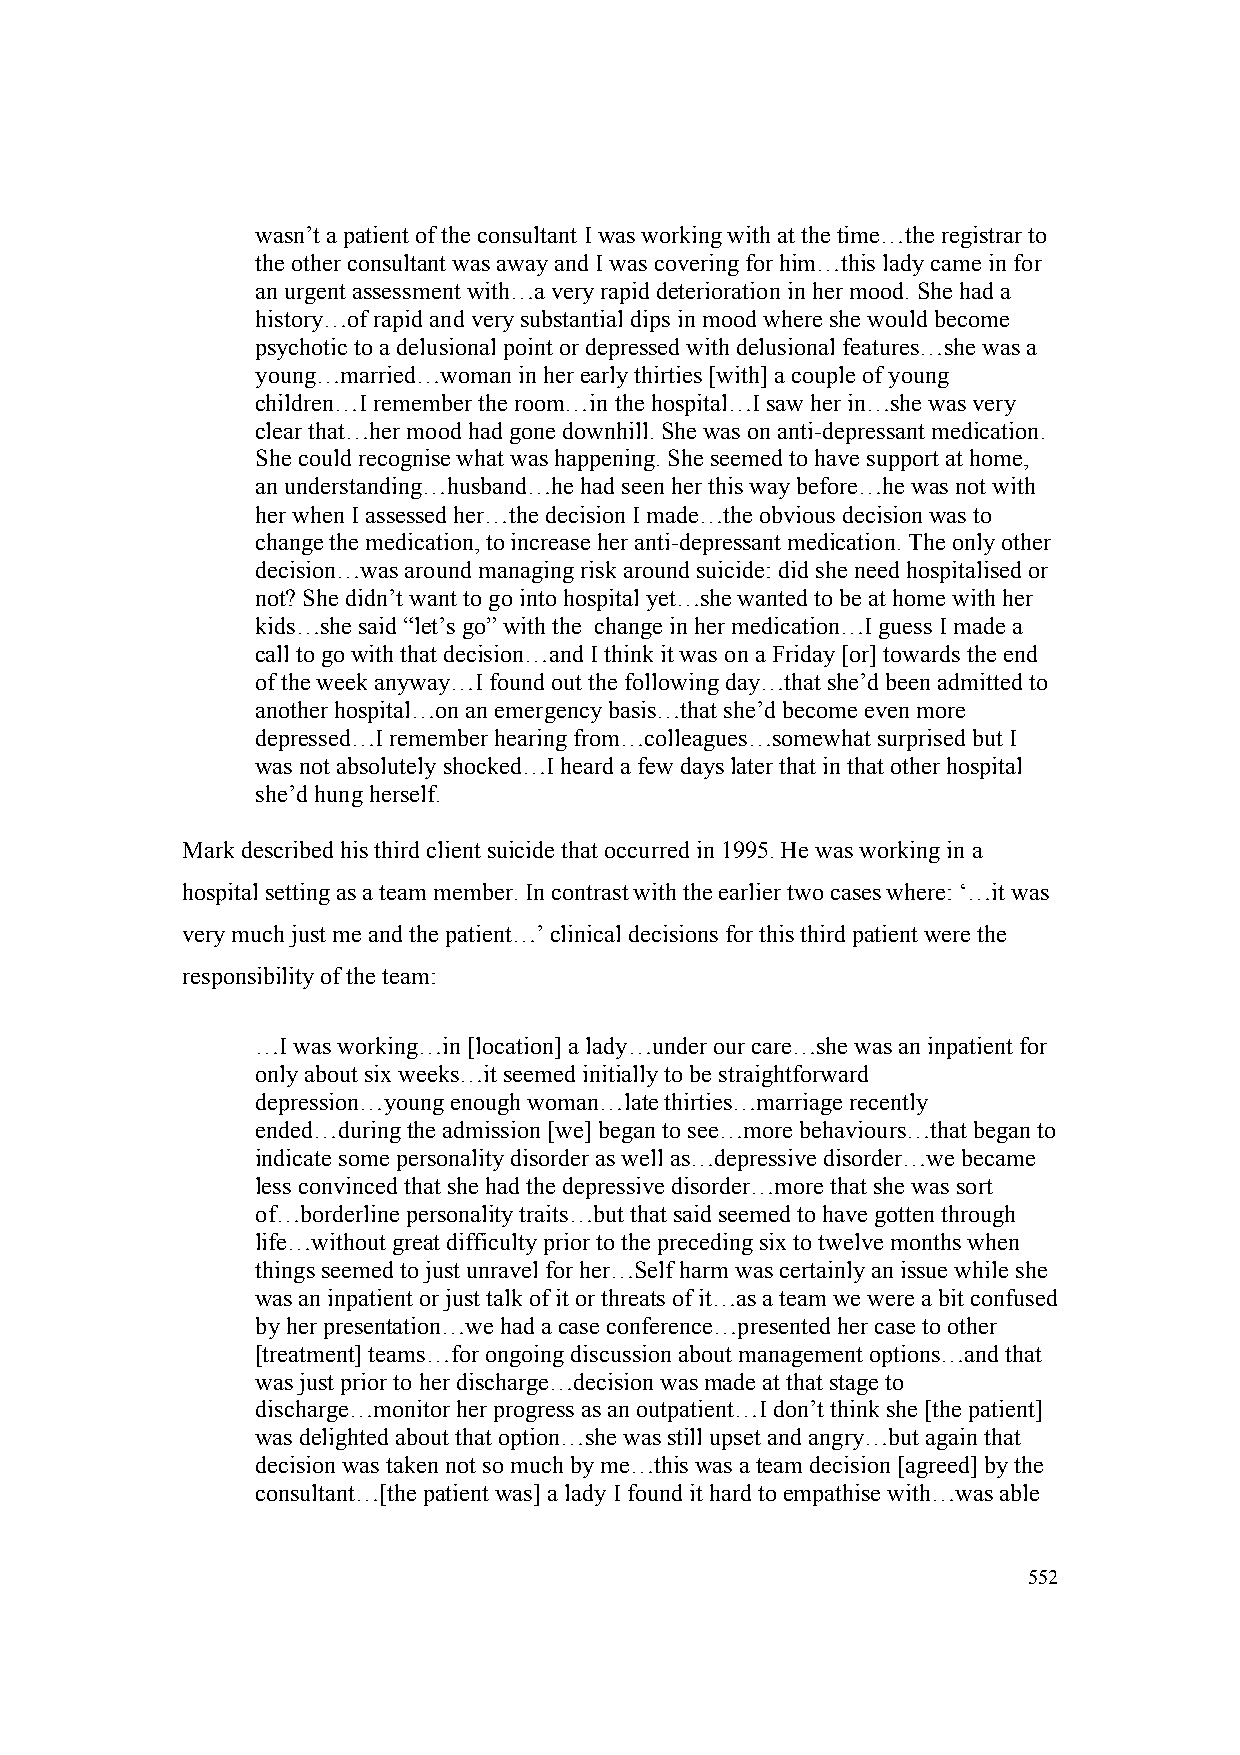
wasn’t a patient of the consultant I was working with at the time…the registrar to
 the other consultant was away and I was covering for him…this lady came in for
 an urgent assessment with…a very rapid deterioration in her mood. She had a
 history…of rapid and very substantial dips in mood where she would become
 psychotic to a delusional point or depressed with delusional features…she was a
 young…married…woman in her early thirties [with] a couple of young
 children…I remember the room…in the hospital…I saw her in…she was very
 clear that…her mood had gone downhill. She was on anti-depressant medication.
 She could recognise what was happening. She seemed to have support at home,
 an understanding…husband…he had seen her this way before…he was not with
 her when I assessed her…the decision I made…the obvious decision was to
 change the medication, to increase her anti-depressant medication. The only other
 decision…was around managing risk around suicide: did she need hospitalised or
 not? She didn’t want to go into hospital yet…she wanted to be at home with her
 kids…she said “let’s go” with the change in her medication…I guess I made a
 call to go with that decision…and I think it was on a Friday [or] towards the end
 of the week anyway…I found out the following day…that she’d been admitted to
 another hospital…on an emergency basis…that she’d become even more
 depressed…I remember hearing from…colleagues…somewhat surprised but I
 was not absolutely shocked…I heard a few days later that in that other hospital
 she’d hung herself.
 Mark described his third client suicide that occurred in 1995. He was working in a
 hospital setting as a team member. In contrast with the earlier two cases where: ‘…it was
 very much just me and the patient…’ clinical decisions for this third patient were the
 responsibility of the team:
 …I was working…in [location] a lady…under our care…she was an inpatient for
 only about six weeks…it seemed initially to be straightforward
 depression…young enough woman…late thirties…marriage recently
 ended…during the admission [we] began to see…more behaviours…that began to
 indicate some personality disorder as well as…depressive disorder…we became
 less convinced that she had the depressive disorder…more that she was sort
 of…borderline personality traits…but that said seemed to have gotten through
 life…without great difficulty prior to the preceding six to twelve months when
 things seemed to just unravel for her…Self harm was certainly an issue while she
 was an inpatient or just talk of it or threats of it…as a team we were a bit confused
 by her presentation…we had a case conference…presented her case to other
 [treatment] teams…for ongoing discussion about management options…and that
 was just prior to her discharge…decision was made at that stage to
 discharge…monitor her progress as an outpatient…I don’t think she [the patient]
 was delighted about that option…she was still upset and angry…but again that
 decision was taken not so much by me…this was a team decision [agreed] by the
 consultant…[the patient was] a lady I found it hard to empathise with…was able
 552